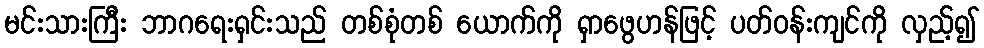
မင်းသားကြီး ဘာဂရေးရှင်းသည် တစ်စုံတစ် ယောက်ကို ရှာဖွေဟန်ဖြင့် ပတ်ဝန်းကျင်ကို လှည့်၍